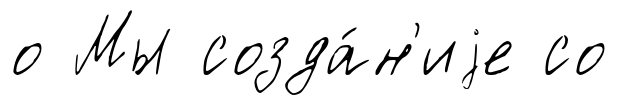
о Мы созда́н'иjе со